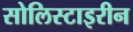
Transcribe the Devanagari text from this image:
सोलिस्टाइरीन